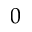
0